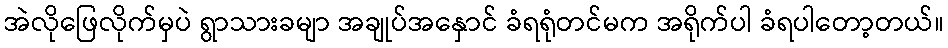
အဲလိုဖြေလိုက်မှပဲ ရွာသားခမျာ အချုပ်အနှောင် ခံရရုံတင်မက အရိုက်ပါ ခံရပါတော့တယ်။